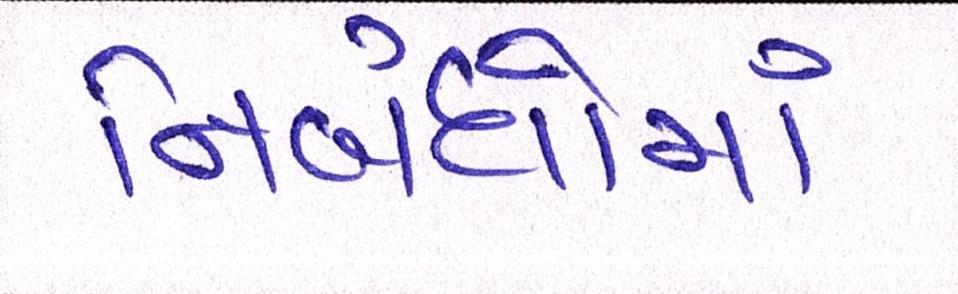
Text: નિબંધોમાં